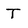
Character: T